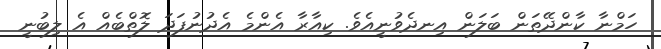
ހަމްނާ ކާންދޭތަން ބަލަން އިނދެވުނީއެވެ. ކިއާރާ އެންމެ އެދުނުފަދަ ލޮތްބެއް އެ ލިބުނީ